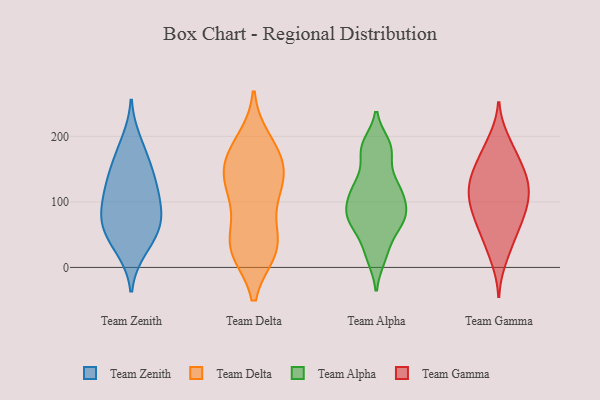
{"axis": {"x": "Waste Production (Tons)", "y": "Value"}, "legend": ["Team Alpha", "Team Delta", "Team Gamma", "Team Zenith"], "data": [{"x": "", "y": 128, "type": "Team Zenith"}, {"x": "", "y": 35, "type": "Team Zenith"}, {"x": "", "y": 135, "type": "Team Zenith"}, {"x": "", "y": 26, "type": "Team Zenith"}, {"x": "", "y": 58, "type": "Team Zenith"}, {"x": "", "y": 193, "type": "Team Zenith"}, {"x": "", "y": 170, "type": "Team Zenith"}, {"x": "", "y": 95, "type": "Team Zenith"}, {"x": "", "y": 152, "type": "Team Zenith"}, {"x": "", "y": 66, "type": "Team Zenith"}, {"x": "", "y": 114, "type": "Team Zenith"}, {"x": "", "y": 66, "type": "Team Zenith"}, {"x": "", "y": 97, "type": "Team Zenith"}, {"x": "", "y": 73, "type": "Team Zenith"}, {"x": "", "y": 72, "type": "Team Delta"}, {"x": "", "y": 30, "type": "Team Delta"}, {"x": "", "y": 157, "type": "Team Delta"}, {"x": "", "y": 35, "type": "Team Delta"}, {"x": "", "y": 114, "type": "Team Delta"}, {"x": "", "y": 174, "type": "Team Delta"}, {"x": "", "y": 27, "type": "Team Delta"}, {"x": "", "y": 130, "type": "Team Delta"}, {"x": "", "y": 26, "type": "Team Delta"}, {"x": "", "y": 125, "type": "Team Delta"}, {"x": "", "y": 157, "type": "Team Delta"}, {"x": "", "y": 31, "type": "Team Delta"}, {"x": "", "y": 177, "type": "Team Delta"}, {"x": "", "y": 123, "type": "Team Delta"}, {"x": "", "y": 192, "type": "Team Delta"}, {"x": "", "y": 74, "type": "Team Alpha"}, {"x": "", "y": 90, "type": "Team Alpha"}, {"x": "", "y": 187, "type": "Team Alpha"}, {"x": "", "y": 86, "type": "Team Alpha"}, {"x": "", "y": 112, "type": "Team Alpha"}, {"x": "", "y": 19, "type": "Team Alpha"}, {"x": "", "y": 120, "type": "Team Alpha"}, {"x": "", "y": 73, "type": "Team Alpha"}, {"x": "", "y": 177, "type": "Team Alpha"}, {"x": "", "y": 133, "type": "Team Alpha"}, {"x": "", "y": 88, "type": "Team Alpha"}, {"x": "", "y": 183, "type": "Team Alpha"}, {"x": "", "y": 123, "type": "Team Alpha"}, {"x": "", "y": 65, "type": "Team Alpha"}, {"x": "", "y": 73, "type": "Team Alpha"}, {"x": "", "y": 179, "type": "Team Alpha"}, {"x": "", "y": 121, "type": "Team Alpha"}, {"x": "", "y": 15, "type": "Team Alpha"}, {"x": "", "y": 45, "type": "Team Alpha"}, {"x": "", "y": 152, "type": "Team Gamma"}, {"x": "", "y": 125, "type": "Team Gamma"}, {"x": "", "y": 194, "type": "Team Gamma"}, {"x": "", "y": 81, "type": "Team Gamma"}, {"x": "", "y": 110, "type": "Team Gamma"}, {"x": "", "y": 57, "type": "Team Gamma"}, {"x": "", "y": 90, "type": "Team Gamma"}, {"x": "", "y": 187, "type": "Team Gamma"}, {"x": "", "y": 13, "type": "Team Gamma"}, {"x": "", "y": 134, "type": "Team Gamma"}, {"x": "", "y": 113, "type": "Team Gamma"}, {"x": "", "y": 51, "type": "Team Gamma"}, {"x": "", "y": 165, "type": "Team Gamma"}, {"x": "", "y": 70, "type": "Team Gamma"}, {"x": "", "y": 159, "type": "Team Gamma"}, {"x": "", "y": 133, "type": "Team Gamma"}, {"x": "", "y": 100, "type": "Team Gamma"}, {"x": "", "y": 131, "type": "Team Gamma"}, {"x": "", "y": 31, "type": "Team Gamma"}, {"x": "", "y": 89, "type": "Team Gamma"}]}